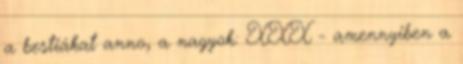
a bestiákat anno, a nagyok: XXX - amennyiben a